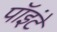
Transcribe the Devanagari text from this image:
पॉइंटे